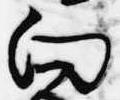
向